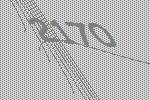
2170